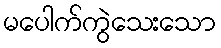
မပေါက်ကွဲသေးသော